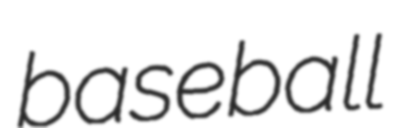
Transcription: baseball